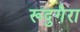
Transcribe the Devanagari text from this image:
रूदुगैरा